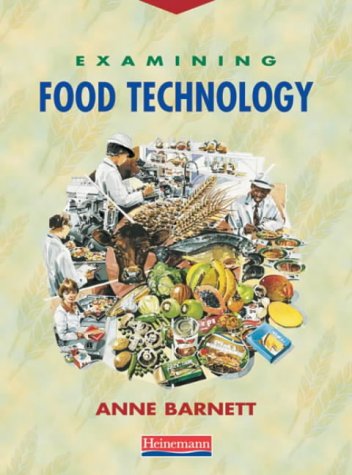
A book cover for Examining Food Technology; Anne Barnett; Teen & Young Adult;